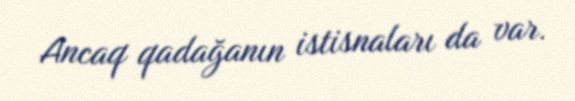
Ancaq qadağanın istisnaları da var.